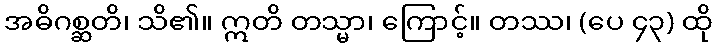
အဓိဂစ္ဆတိ၊ သိ၏။ ဣတိ တသ္မာ၊ ကြောင့်။ တဿ၊ (ပေ ၄၃) ထို